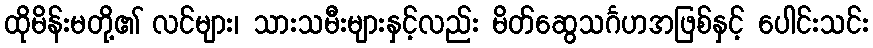
ထိုမိန်းမတို့၏ လင်များ၊ သားသမီးများနှင့်လည်း မိတ်ဆွေသင်္ဂဟအဖြစ်နှင့် ပေါင်းသင်း